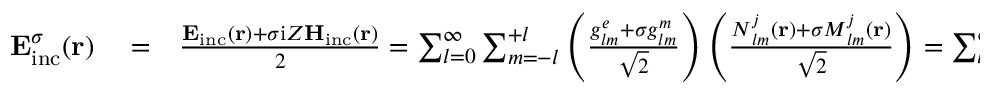
\begin{array} { r l r } { { \bf E } _ { \mathrm { { i n c } } } ^ { \sigma } ( { \bf r } ) } & { { } = } & { \frac { { \bf E } _ { \mathrm { { i n c } } } ( { \bf r } ) + \sigma \mathrm { i } Z { \bf H } _ { \mathrm { { i n c } } } ( { \bf r } ) } { 2 } = \sum _ { l = 0 } ^ { \infty } \sum _ { m = - l } ^ { + l } \left( \frac { { g _ { l m } ^ { e } + \sigma g _ { l m } ^ { m } } } { \sqrt { 2 } } \right) \left( \frac { { \boldsymbol { N } } _ { l m } ^ { j } ( { \bf r } ) + \sigma { \boldsymbol { M } } _ { l m } ^ { j } ( { \bf r } ) } { \sqrt { 2 } } \right) = \sum _ { l = 0 } ^ { \infty } \sum _ { m = - l } ^ { + l } C _ { l m } ^ { \sigma } \boldsymbol { \Psi } _ { l m } ^ { \sigma } ( { \bf r } ) , } \end{array}